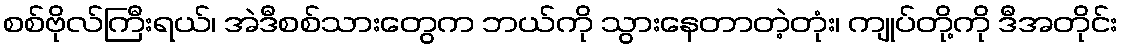
စစ်ဗိုလ်ကြီးရယ်၊ အဲဒီစစ်သားတွေက ဘယ်ကို သွားနေတာတဲ့တုံး၊ ကျုပ်တို့ကို ဒီအတိုင်း